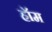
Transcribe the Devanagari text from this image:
हॉम